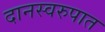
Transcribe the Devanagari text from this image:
दानस्वरुपात